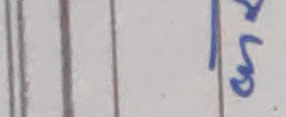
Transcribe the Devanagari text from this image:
हो